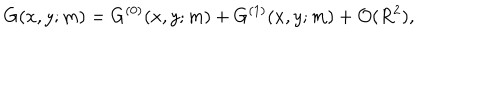
LaTeX: G ( x , y ; m ) = G ^ { ( 0 ) } ( x , y ; m ) + G ^ { ( 1 ) } ( x , y ; m ) + { \cal O } ( R ^ { 2 } ) ,